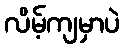
လိမ့်ကျမှာပဲ